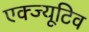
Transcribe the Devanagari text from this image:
एक्ज्यूटिव